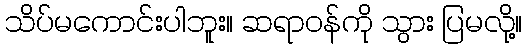
သိပ်မကောင်းပါဘူး။ ဆရာဝန်ကို သွား ပြမလို့။